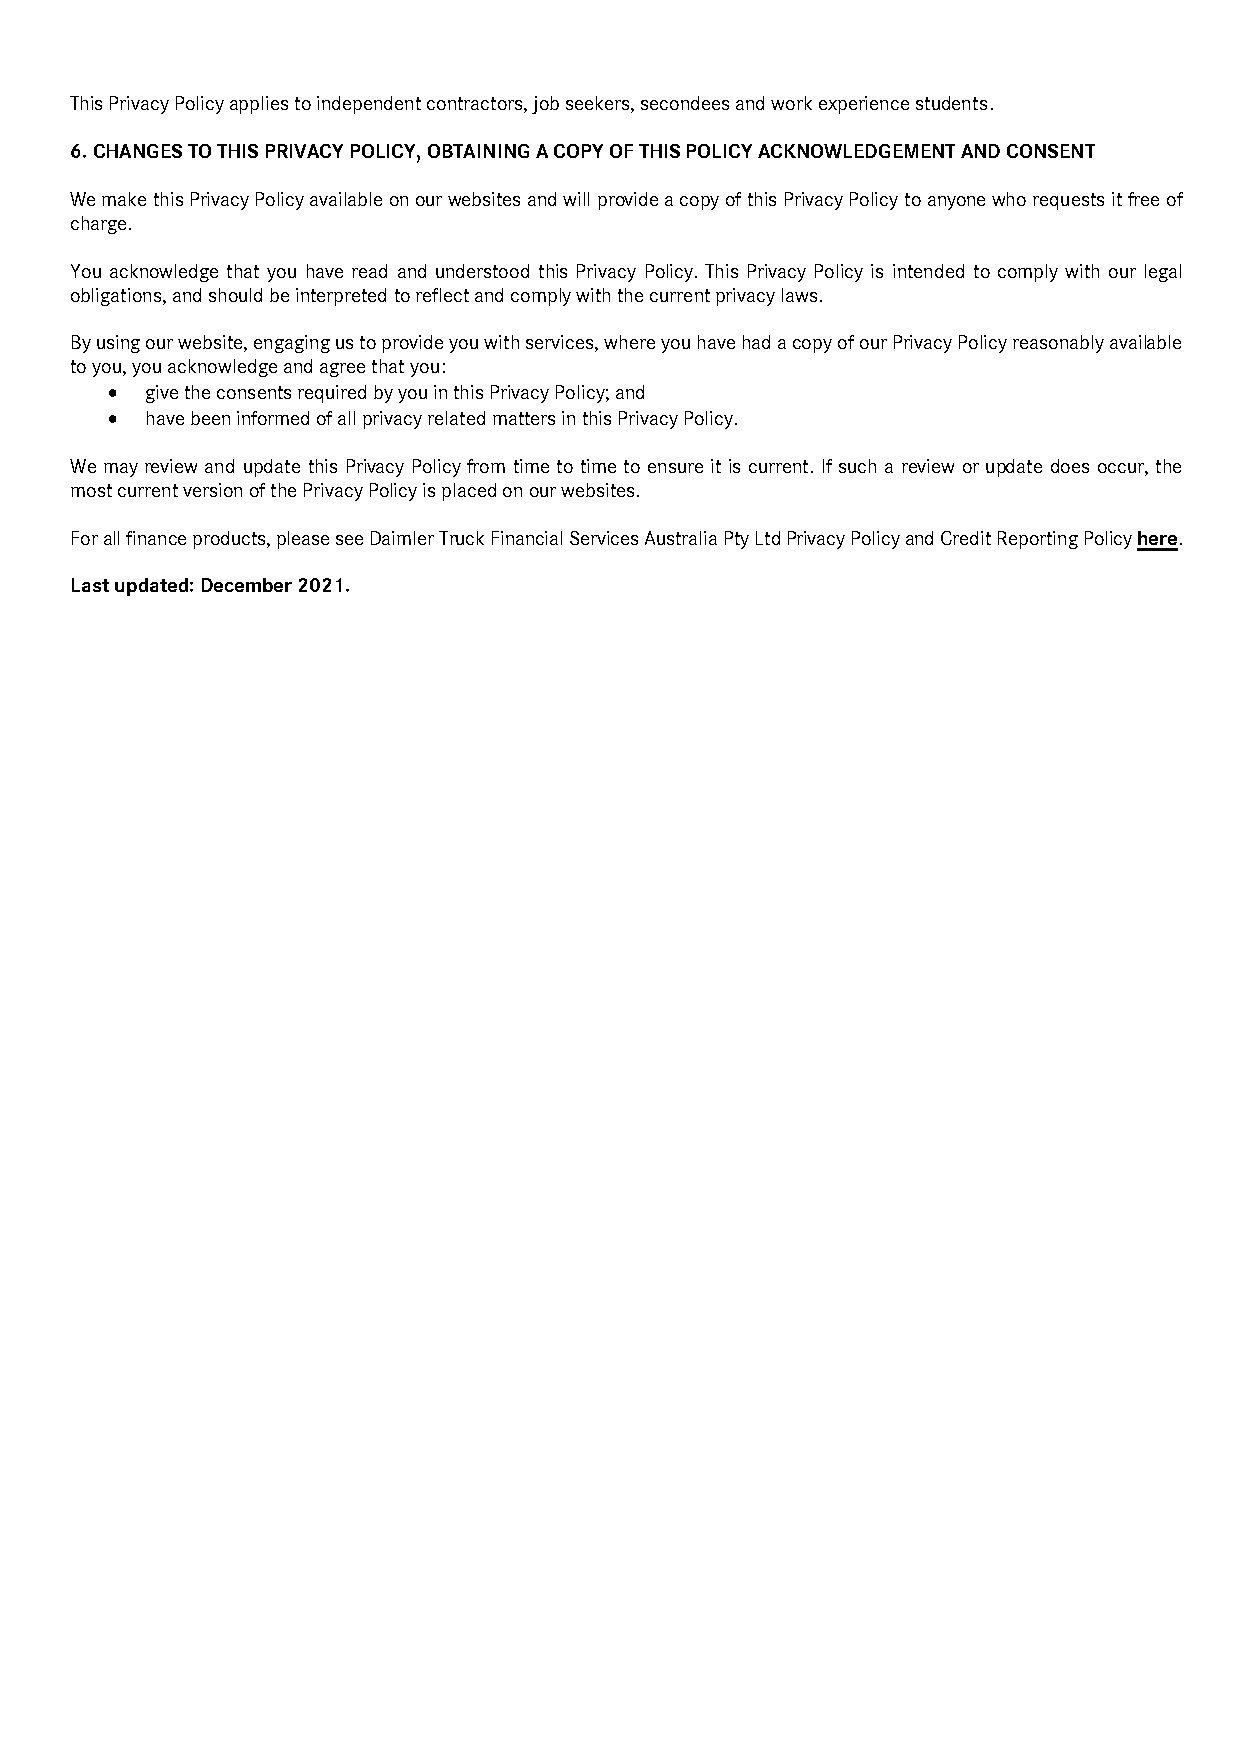
This Privacy Policy applies to independent contractors, job seekers, secondees and work experience students.
 6.CHANGES TO THIS PRIVACY POLICY, OBTAINING A COPY OF THIS POLICY ACKNOWLEDGEMENT AND CONSENT
 We make this Privacy Policy available on our websites and will provide a copy of this Privacy Policy to anyone who requests it free of
 charge.
 You acknowledge that you have read and understood this Privacy Policy. This Privacy Policy is intended to comply with our legal
 obligations, and should be interpreted to reflect and comply with the current privacy laws.
 By using our website, engaging us to provide you with services, where you have had a copy of our Privacy Policy reasonably available
 to you, you acknowledge and agree that you:
   give the consents required by you in this Privacy Policy; and
   have been informed of all privacy related matters in this Privacy Policy.
 We may review and update this Privacy Policy from time to time to ensure it is current. If such a review or update does occur, the
 most current version of the Privacy Policy is placed on our websites.
 For all finance products, please see Daimler Truck Financial Services Australia Pty Ltd Privacy Policy and Credit Reporting Policy here.
 Last updated: December 2021.